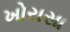
ખોરાસા